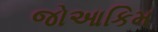
જોઆકિમ